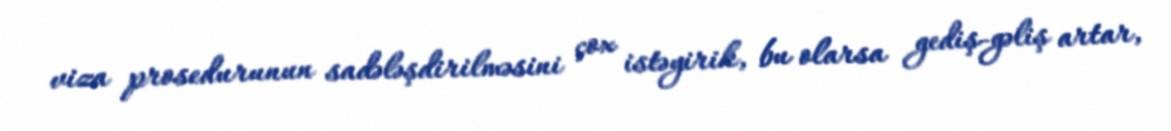
viza prosedurunun sadələşdirilməsini çox istəyirik, bu olarsa gediş-gəliş artar,